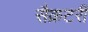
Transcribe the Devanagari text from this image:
सैक्रटरी